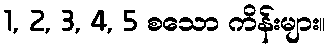
1, 2, 3, 4, 5 စသော ကိန်းများ။